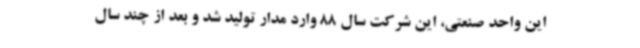
این واحد صنعتی، این شرکت سال 88 وارد مدار تولید شد و بعد از چند سال